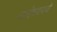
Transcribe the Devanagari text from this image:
पाहोचवायचे